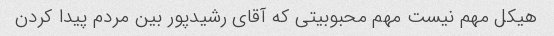
هیکل مهم نیست مهم محبوبیتی که آقای رشیدپور بین مردم پیدا کردن